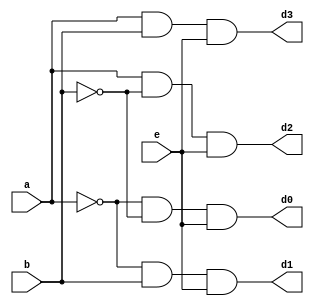
`timescale 1ns / 1ps
//////////////////////////////////////////////////////////////////////////////////
// Company: 
// Engineer: 
// 
// Design Name: 
// Module Name:    decoderbeh 
// Project Name: 
// Target Devices: 
// Tool versions: 
// Description: 
//
// Dependencies: 
//
// Revision: 
// Revision 0.01 - File Created
// Additional Comments: 
//
//////////////////////////////////////////////////////////////////////////////////
module decoderbeh(a,b,e,d0,d1,d2,d3);
input a,b,e;
output reg d0,d1,d2,d3;
always @(a,b,e)
begin
d0={(~a)&(~b)&(e)};
d1={(~a)&(b)&(e)};
d2={(a)&(~b)&(e)};
d3={(a)&(b)&(e)};
end
endmodule